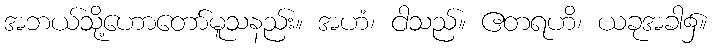
အဘယ်သို့ဟောတော်မူသနည်း။ အဟံ၊ ငါသည်။ ဧတရဟိ၊ ယခုအခါ၌။